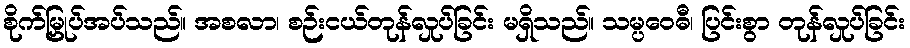
စိုက်မြှုပ်အပ်သည်။ အစလာ၊ စဉ်းငယ်တုန်လှုပ်ခြင်း မရှိသည်။ သမ္ပဝေဓီ၊ ပြင်းစွာ တုန်လှုပ်ခြင်း